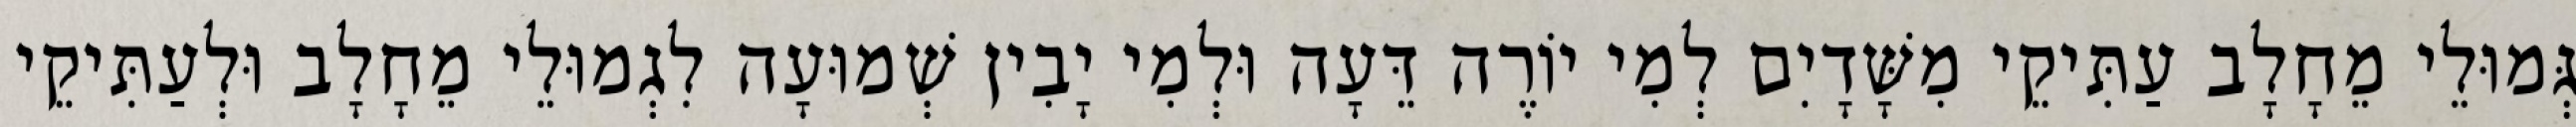
גְּמוּלֵי מֵחָלָב עַתִּיקֵי מִשָּׁדָיִם לְמִי יוֹרֶה דֵּעָה וּלְמִי יָבִין שְׁמוּעָה לִגְמוּלֵי מֵחָלָב וּלְעַתִּיקֵי